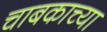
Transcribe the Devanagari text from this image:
चाबकाच्या